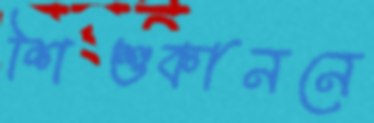
শিশুকাননে